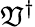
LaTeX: \mathfrak{V}^{\dagger}